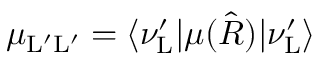
\mu _ { \mathrm { L } ^ { \prime } \mathrm { L } ^ { \prime } } = \langle \nu _ { \mathrm { L } } ^ { \prime } | \mu ( \hat { R } ) | \nu _ { \mathrm { L } } ^ { \prime } \rangle